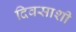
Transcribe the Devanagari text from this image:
दिवसाशी